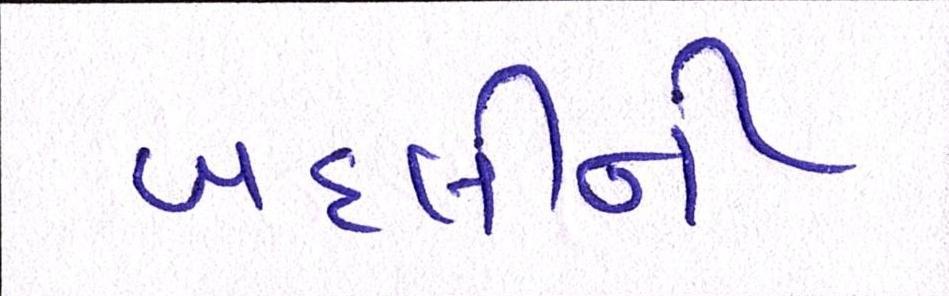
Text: બદલીની